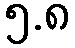
၅.၈